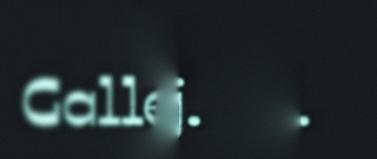
Gallerijaj.